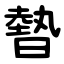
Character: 暬